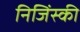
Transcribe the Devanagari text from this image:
निजिंस्की